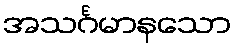
အသင်္ဂမာနသော